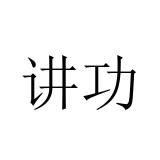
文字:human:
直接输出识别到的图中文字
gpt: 讲功